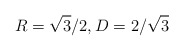
\begin{align*}R = \sqrt3/2, D = 2/\sqrt3 \end{align*}